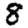
Digit: 8